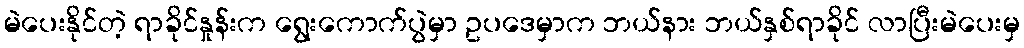
မဲပေးနိုင်တဲ့ ရာခိုင်နှုန်းက ရွေးကောက်ပွဲမှာ ဥပဒေမှာက ဘယ်နား ဘယ်နှစ်ရာခိုင် လာပြီးမဲပေးမှ